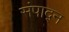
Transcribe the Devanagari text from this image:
संपाद्न